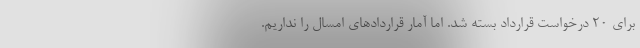
برای ۲۰ درخواست قرارداد بسته شد. اما آمار قراردادهای امسال را نداریم.